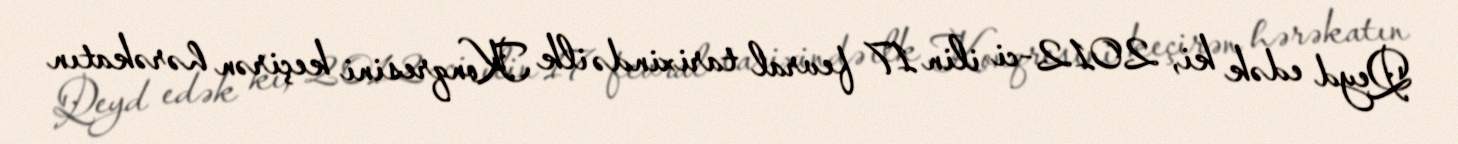
Qeyd edək ki, 2012-ci ilin 17 fevral tarixində ilk Konqresini keçirən hərəkatın